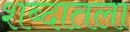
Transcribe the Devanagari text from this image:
शब्दातला